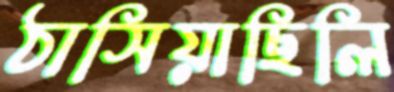
ঠাসিয়াছিলি